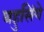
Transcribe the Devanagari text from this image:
बहुसिंगे